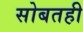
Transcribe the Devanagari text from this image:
सोबतही